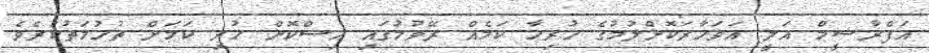
އަފްރާޝީމް އަލީ އަވަހާރަކޮށްލުމުގެ ހުރިހާ ކަމެއް ރޭވުމުގައި އިސްކޮށް ހުރި ކަމަށް ތުހުމަތުކުރެވެ